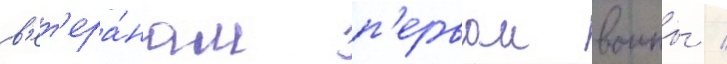
в'ет'ера́нам п'ервои воины /